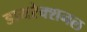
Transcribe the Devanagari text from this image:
डायरेक्शनल